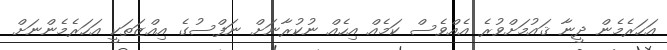
އަހަރެމެން ދީނާ ޤައުމަށްވުރެ އެއްވެސް ކަމެއް އިހެއް ނުކުރާނަށް ނަފްސުގެ އިއްޒަތަކީ އަހަރެމެންނަށް